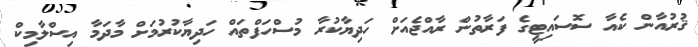
ޤުރުއާން ކެއާ ސޮސައިޓީގެ ފަރާތުން ރާއްޖެއަށް ހަދިޔާކުރާ މުސްހަފްތައް ހަދިޔާކުރުމަށް މާދަމާ އިސްލާމިކް